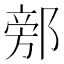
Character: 𨜷